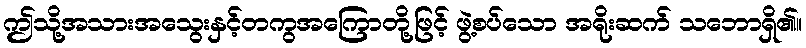
ဤသို့အသားအသွေးနှင့်တကွအကြောတို့ဖြင့် ဖွဲ့စပ်သော အရိုးဆက် သဘောရှိ၏။